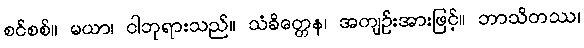
စင်စစ်။ မယာ၊ ငါဘုရားသည်။ သံခိတ္တေန၊ အကျဉ်းအားဖြင့်။ ဘာသိတဿ၊